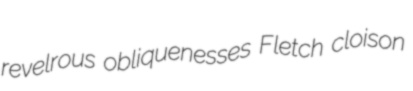
revelrous obliquenesses Fletch cloison